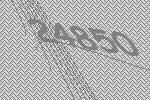
24850